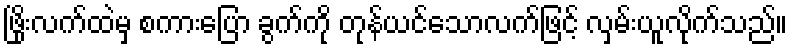
ဖြိုးလက်ထဲမှ စကားပြော ခွက်ကို တုန်ယင်သောလက်ဖြင့် လှမ်းယူလိုက်သည်။